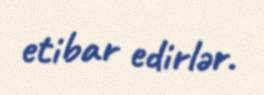
etibar edirlər.